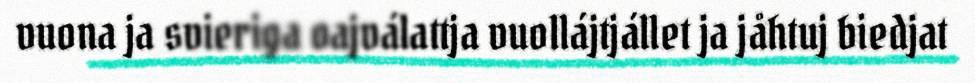
vuona ja svieriga oajválattja vuollájtjállet ja jåhtuj biedjat